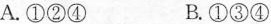
A.①②④ B.①③④